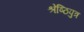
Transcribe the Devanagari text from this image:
श्रेष्ठिपुत्र